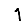
Digit: 1